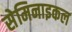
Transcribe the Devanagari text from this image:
सेमिनाइकल